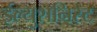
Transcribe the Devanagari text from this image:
ईल्युशनिस्ट